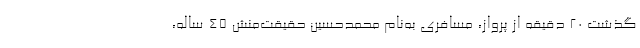
گذشت ۲۰ دقیقه از پرواز، مسافری به‌نام محمدحسین حقیقت‌منش ۴۵ ساله،